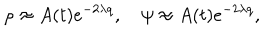
\rho \approx A ( t ) e ^ { - 2 \lambda q } , ~ \psi \approx A ( t ) e ^ { - 2 \lambda q } ,